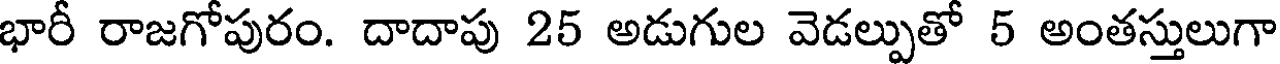
భారీ రాజగోపురం. దాదాపు 25 అడుగుల వెడల్పుతో 5 అంతస్తులుగా